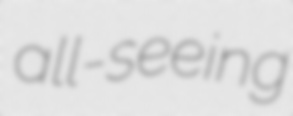
all-seeing